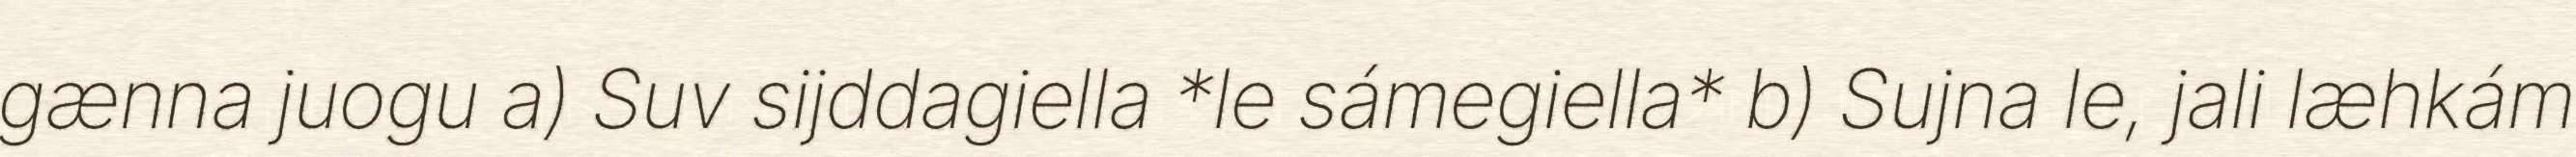
gænna juogu a) Suv sijddagiella *le sámegiella* b) Sujna le, jali læhkám